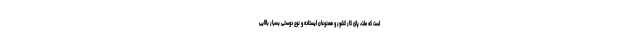
است که ملت، پای کار کشور و همنوعان ایستاده و نوع دوستی بسیار بالایی